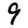
Digit: 9